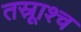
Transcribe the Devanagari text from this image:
तस्रूाश्च